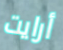
أرايت